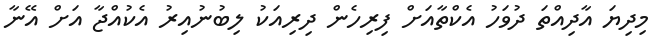
މިދިޔަ އާދިއްތަ ދުވަހު އެކްތާއަށް ފިރިހެން ދިރިއަކު ލިބުނުއިރު އެކުއްޖާ އަށް އޭނާ